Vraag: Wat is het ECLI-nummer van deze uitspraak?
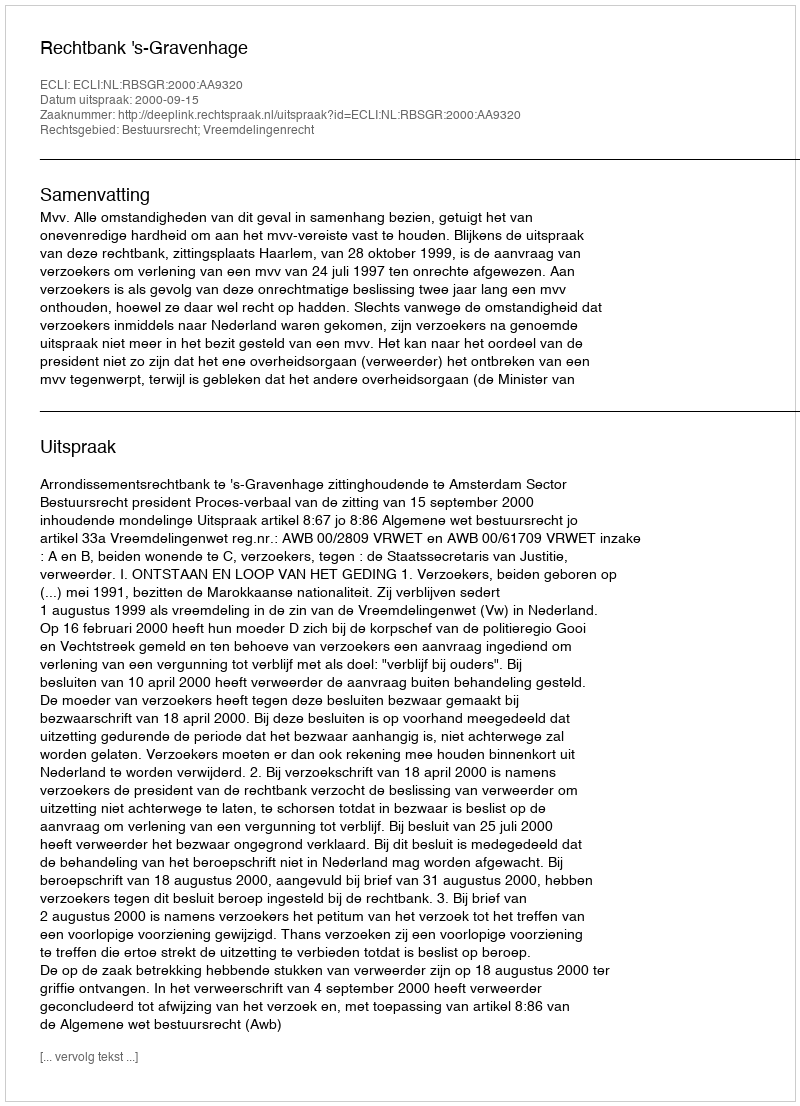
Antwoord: ECLI:NL:RBSGR:2000:AA9320